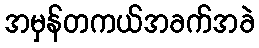
အမှန်တကယ်အခက်အခဲ